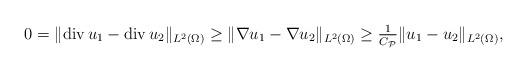
LaTeX: \begin{align*}0 = \|\mathrm{div}\, u_{1} - \mathrm{div}\, u_{2}\|_{L^{2}(\Omega)} \geq \|\nabla u_{1} - \nabla u_{2}\|_{L^{2}(\Omega)}\geq \tfrac{1}{C_{\mathcal{P}}} \|u_{1} - u_{2}\|_{L^{2}(\Omega)}, \end{align*}